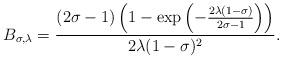
LaTeX: \begin{align*} B_{\sigma,\lambda}=\dfrac{(2\sigma-1)\left(1-\exp\left(-\frac{2\lambda(1-\sigma)}{2\sigma-1}\right)\right)}{2\lambda(1-\sigma)^2}.\end{align*}